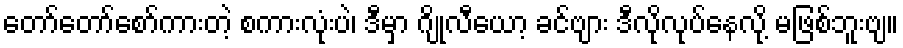
တော်တော်စော်ကားတဲ့ စကားလုံးပဲ၊ ဒီမှာ ဂျိုလီယော့ ခင်ဗျား ဒီလိုလုပ်နေလို့ မဖြစ်ဘူးဗျ။